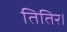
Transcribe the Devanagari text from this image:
तितिर।